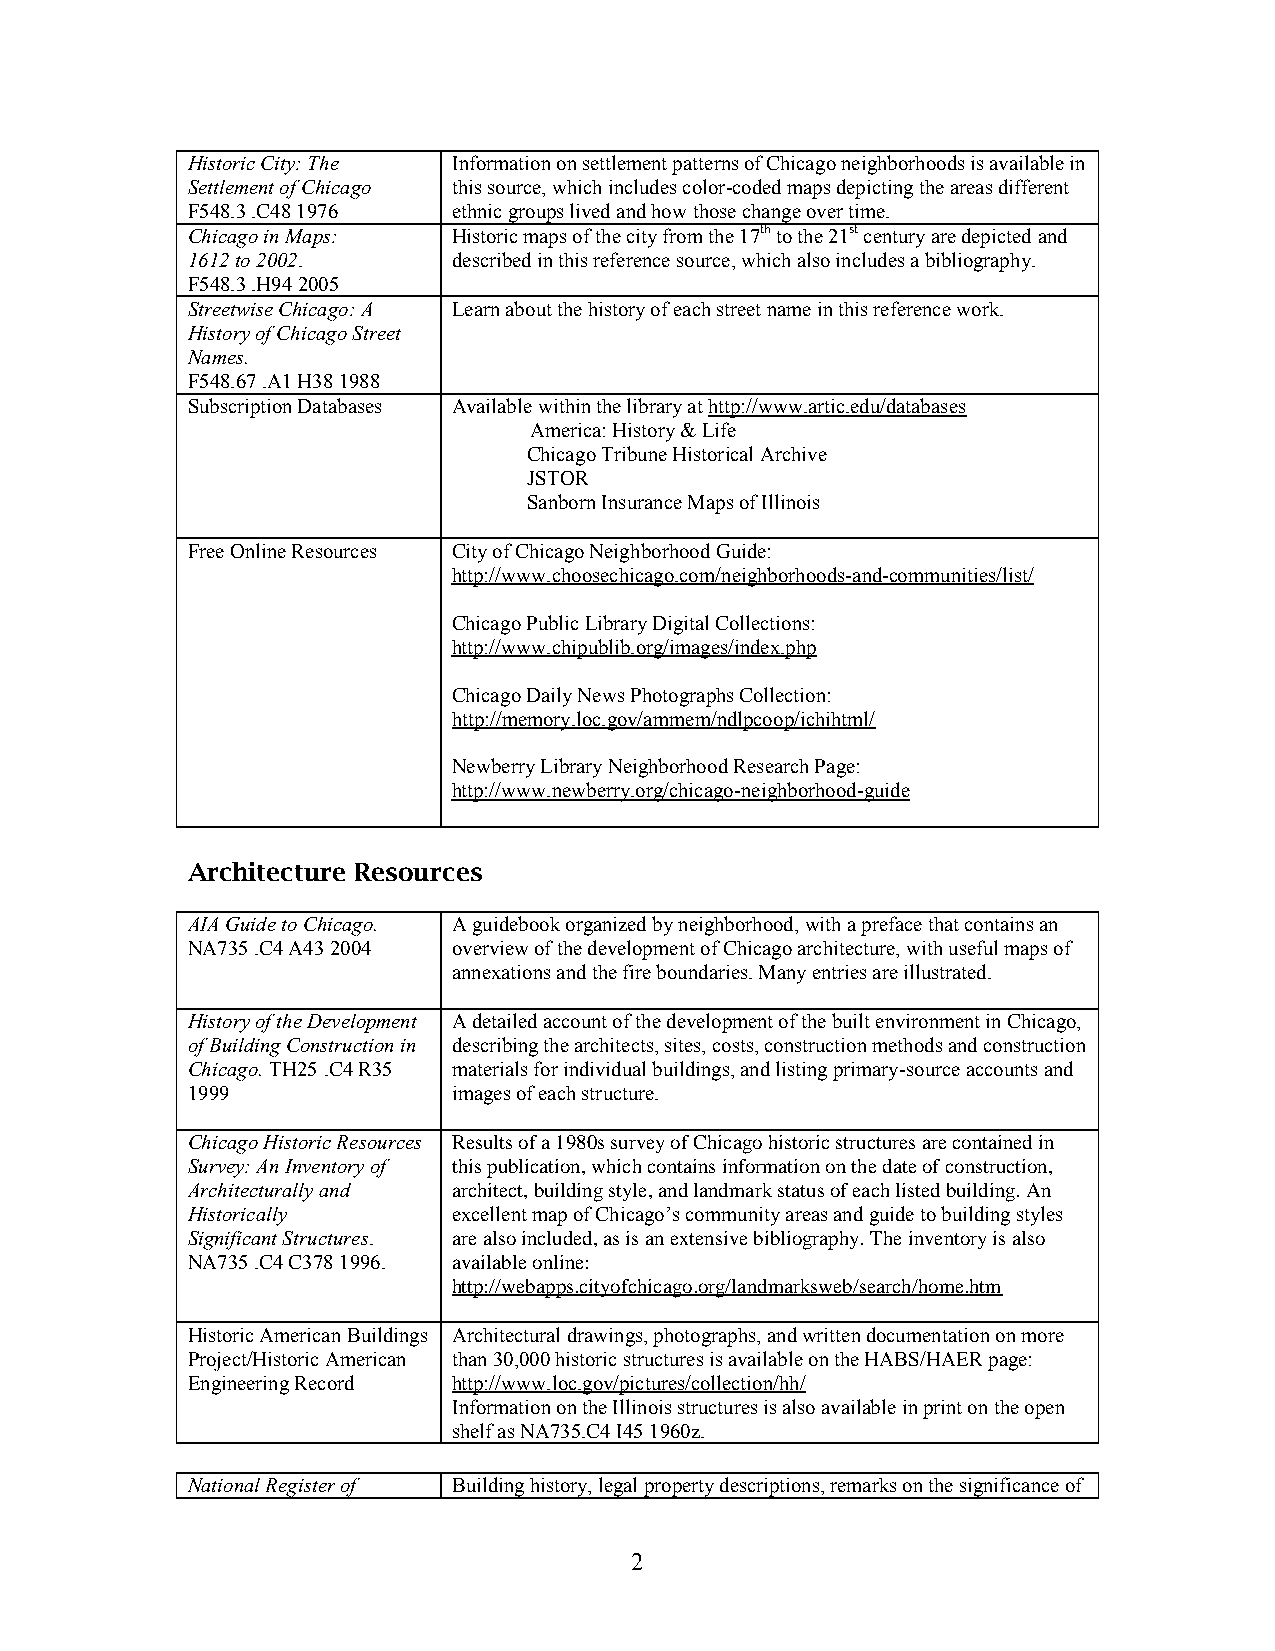
Historic City: The Information on settlement patterns of Chicago neighborhoods is available in
 Settlement of Chicago this source, which includes color-coded maps depicting the areas different
 F548.3 .C48 1976  ethnic groups lived and how those change over time.
 Chicago in Maps:  Historic maps of the city from the 17th to the 21st century are depicted and
 1612 to 2002.     described in this reference source, which also includes a bibliography.
 F548.3 .H94 2005
 Streetwise Chicago: A Learn about the history of each street name in this reference work.
 History of Chicago Street
 Names.
 F548.67 .A1 H38 1988
 Subscription Databases Available within the library at http://www.artic.edu/databases
 America: History & Life
 Chicago Tribune Historical Archive
 JSTOR
 Sanborn Insurance Maps of Illinois
 Free Online Resources City of Chicago Neighborhood Guide:
 http://www.choosechicago.com/neighborhoods-and-communities/list/
 Chicago Public Library Digital Collections:
 http://www.chipublib.org/images/index.php
 Chicago Daily News Photographs Collection:
 http://memory.loc.gov/ammem/ndlpcoop/ichihtml/
 Newberry Library Neighborhood Research Page:
 http://www.newberry.org/chicago-neighborhood-guide
 Architecture Resources
 AIA Guide to Chicago. A guidebook organized by neighborhood, with a preface that contains an
 NA735 .C4 A43 2004 overview of the development of Chicago architecture, with useful maps of
 annexations and the fire boundaries. Many entries are illustrated.
 History of the Development A detailed account of the development of the built environment in Chicago,
 of Building Construction in describing the architects, sites, costs, construction methods and construction
 Chicago. TH25 .C4 R35 materials for individual buildings, and listing primary-source accounts and
 1999              images of each structure.
 Chicago Historic Resources Results of a 1980s survey of Chicago historic structures are contained in
 Survey: An Inventory of this publication, which contains information on the date of construction,
 Architecturally and architect, building style, and landmark status of each listed building. An
 Historically      excellent map of Chicago’s community areas and guide to building styles
 Significant Structures. are also included, as is an extensive bibliography. The inventory is also
 NA735 .C4 C378 1996. available online:
 http://webapps.cityofchicago.org/landmarksweb/search/home.htm
 Historic American Buildings Architectural drawings, photographs, and written documentation on more
 Project/Historic American than 30,000 historic structures is available on the HABS/HAER page:
 Engineering Record http://www.loc.gov/pictures/collection/hh/
 Information on the Illinois structures is also available in print on the open
 shelf as NA735.C4 I45 1960z.
 National Register of Building history, legal property descriptions, remarks on the significance of
 2